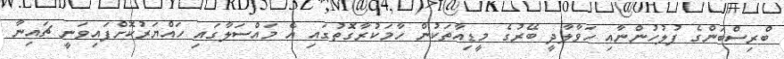
ބްރިސްބަންގެ ފުލުހުންނާއި ހަވާލާދީ ބޭރުގެ މީޑިއާތަކުން ހާމަކުރާގޮތުގައި އެ މައްސަލާގައި ހައްޔަރުކޮށްފައިވަނީ ޗައިނާ